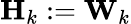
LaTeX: \mathbf{H}_{k}:=\mathbf{W}_{k}